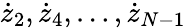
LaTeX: {\dot{z}}_{2},{\dot{z}}_{4},\dots,{\dot{z}}_{N-1}